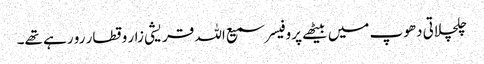
چلچلاتی دھوپ میں بیٹھے پروفیسر سمیع اللہ قریشی زار و قطار رو رہے تھے۔